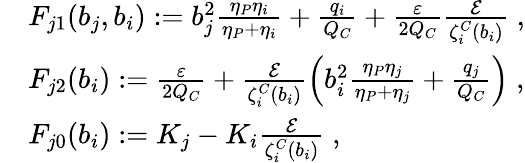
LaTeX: \begin{array}{rl}&{F_{j1}(b_{j},b_{i}):=b_{j}^{2}\frac{\eta_{P}\eta_{i}}{\eta_{P}+\eta_{i}}+\frac{q_{i}}{Q_{C}}+\frac{\varepsilon}{2Q_{C}}\frac{\mathcal{E}}{\zeta_{i}^{C}(b_{i})}\; ,}\\ &{F_{j2}(b_{i}):=\frac{\varepsilon}{2Q_{C}}+\frac{\mathcal{E}}{\zeta_{i}^{C}(b_{i})}\left(b_{i}^{2}\frac{\eta_{P}\eta_{j}}{\eta_{P}+\eta_{j}}+\frac{q_{j}}{Q_{C}}\right)\; ,}\\ &{F_{j0}(b_{i}):=K_{j}-K_{i}\frac{\mathcal{E}}{\zeta_{i}^{C}(b_{i})}\; ,}\end{array}